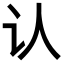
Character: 认